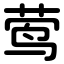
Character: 莺